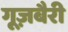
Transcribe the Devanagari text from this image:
गूज़बैरी